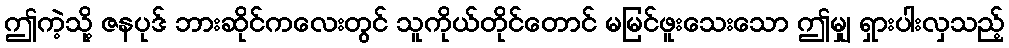
ဤကဲ့သို့ ဇနပုဒ် ဘားဆိုင်ကလေးတွင် သူကိုယ်တိုင်တောင် မမြင်ဖူးသေးသော ဤမျှ ရှားပါးလှသည့်